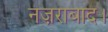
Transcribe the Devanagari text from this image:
नज़राबाद।